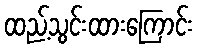
ထည့်သွင်းထားကြောင်း